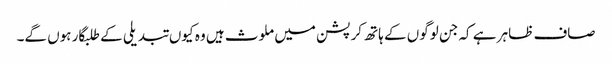
صاف ظاہر ہے کہ جن لوگوں کے ہاتھ کرپشن میں ملوث ہیں وہ کیوں تبدیلی کے طلبگار ہوں گے۔